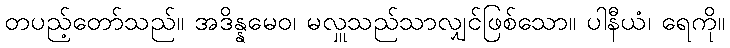
တပည့်တော်သည်။ အဒိန္နမေဝ၊ မလှူသည်သာလျှင်ဖြစ်သော။ ပါနီယံ၊ ရေကို။